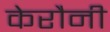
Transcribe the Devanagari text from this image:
केरौनी